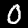
Digit: 0